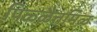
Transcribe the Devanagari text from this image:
पिळ्ळैत्तमिऴ्